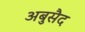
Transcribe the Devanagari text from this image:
अबुसैद